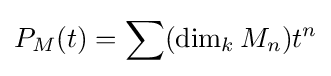
P_{M}(t)=\sum (\operatorname {dim} _{k}M_{n})t^{n}